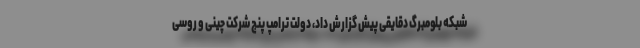
شبکه بلومبرگ دقایقی پیش گزارش داد، دولت ترامپ پنج شرکت چینی و روسی